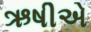
ઋષીએ